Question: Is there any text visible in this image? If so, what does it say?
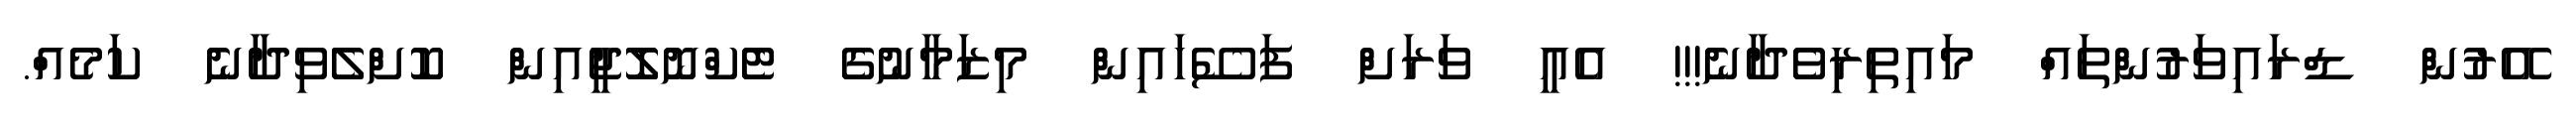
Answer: އޭރުން ޑްރައިވަރުންތައް މައިތިރިވެދާނެ!!! އެއީ ވަރަށް ފަސޭހައިން މިޒަމާނުގެ ޓެކްނޮލޮޖީއިން ކޮށްލެވިދާނެ ކަމެއް.